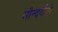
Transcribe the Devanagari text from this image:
सौन्दर्यनी